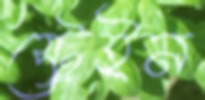
স্ট্রেইন